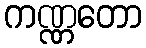
ကဏ္ဏတော